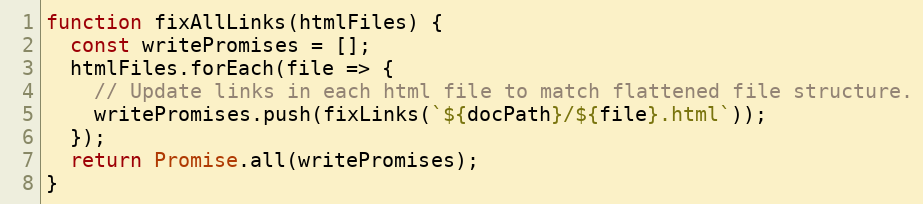
Language: JavaScript
function fixAllLinks(htmlFiles) {
  const writePromises = [];
  htmlFiles.forEach(file => {
    // Update links in each html file to match flattened file structure.
    writePromises.push(fixLinks(`${docPath}/${file}.html`));
  });
  return Promise.all(writePromises);
}